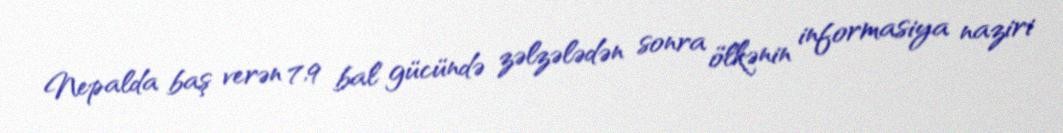
Nepalda baş verən 7,9 bal gücündə zəlzələdən sonra ölkənin informasiya naziri